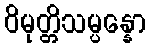
ဝိမုတ္တိသမ္ပန္နော